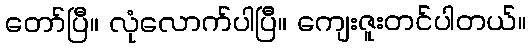
တော်ပြီ။ လုံလောက်ပါပြီ။ ကျေးဇူးတင်ပါတယ်။